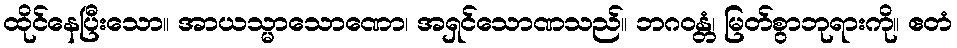
ထိုင်နေပြီးသော။ အာယသ္မာသောဏော၊ အရှင်သောဏသည်။ ဘဂဝန္တံ၊ မြတ်စွာဘုရားကို။ ဧတံ